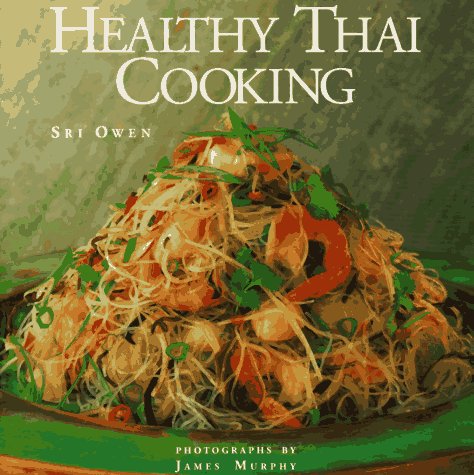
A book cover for Healthy Thai Cooking; Sri Owen; Cookbooks, Food & Wine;